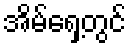
အိမ်ရှေ့တွင်